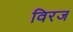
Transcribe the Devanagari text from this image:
विरज